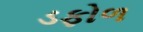
ડફોળ